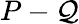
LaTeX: P-\mathcal{Q}